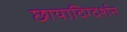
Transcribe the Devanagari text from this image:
छायादिग्दर्शन